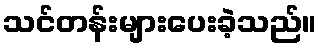
သင်တန်းများပေးခဲ့သည်။